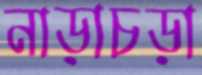
নাড়াচড়া